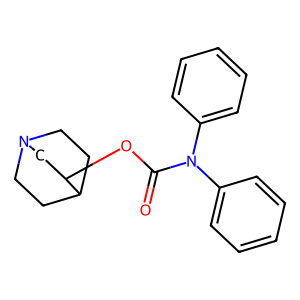
SMILES: O=C(OC1CN2CCC1CC2)N(c1ccccc1)c1ccccc1
Inhibits HIV replication: No